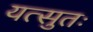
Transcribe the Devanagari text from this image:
यत्सुतः